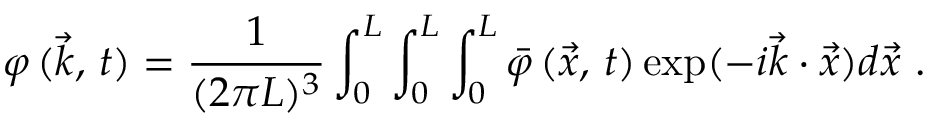
\varphi \, ( \vec { k } , \, t ) = \frac { 1 } { ( 2 \pi L ) ^ { 3 } } \int _ { 0 } ^ { L } \int _ { 0 } ^ { L } \int _ { 0 } ^ { L } \bar { \varphi } \, ( \vec { x } , \, t ) \exp ( - i \vec { k } \cdot \vec { x } ) d \vec { x } \ .